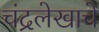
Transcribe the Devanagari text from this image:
चंद्रलेखाचे